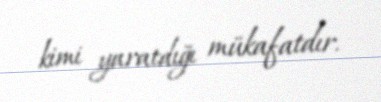
kimi yaratdığı mükafatdır.